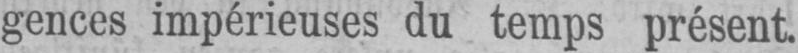
gences impérieuses du temps présent.